Elephants and their diseases
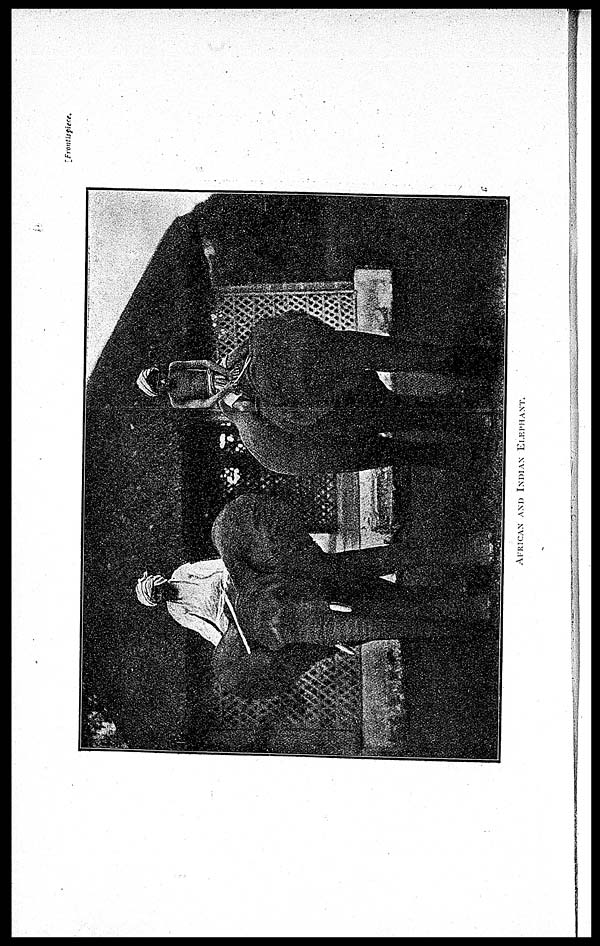
[Frontispiece.
AFRICAN AND INDIAN ELEPHANT.